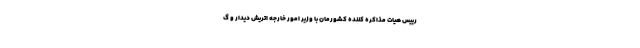
رییس هیات مذاکره کننده کشورمان با وزیر امور خارجه اتریش دیدار و گ